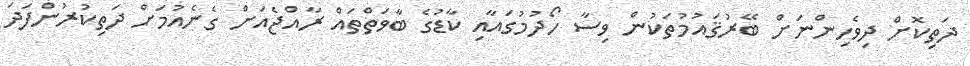
ދަތިކޮށް ދިވެހިންނަށް ބޭރުޤައުމުތަކުން ވިސާ ހޯދުމުގައާއި ކާޑުގެ ބާވަތްތައް ރާއްޖެއަށް ގެނެއުމަށް ދަތިކުރުންފަދަ